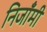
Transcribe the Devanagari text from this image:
निजाँमी